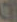
ن